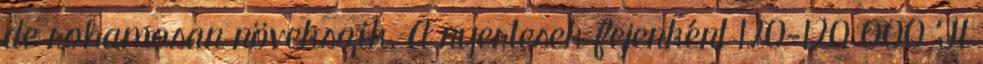
de rohamosan növekszik. A nyertesek fejenként 120-120 000 Ft